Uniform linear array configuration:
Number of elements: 8
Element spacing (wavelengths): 0.5
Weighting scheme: hamming
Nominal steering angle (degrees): -15
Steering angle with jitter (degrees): -15.442
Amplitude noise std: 0.05
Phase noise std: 0.05

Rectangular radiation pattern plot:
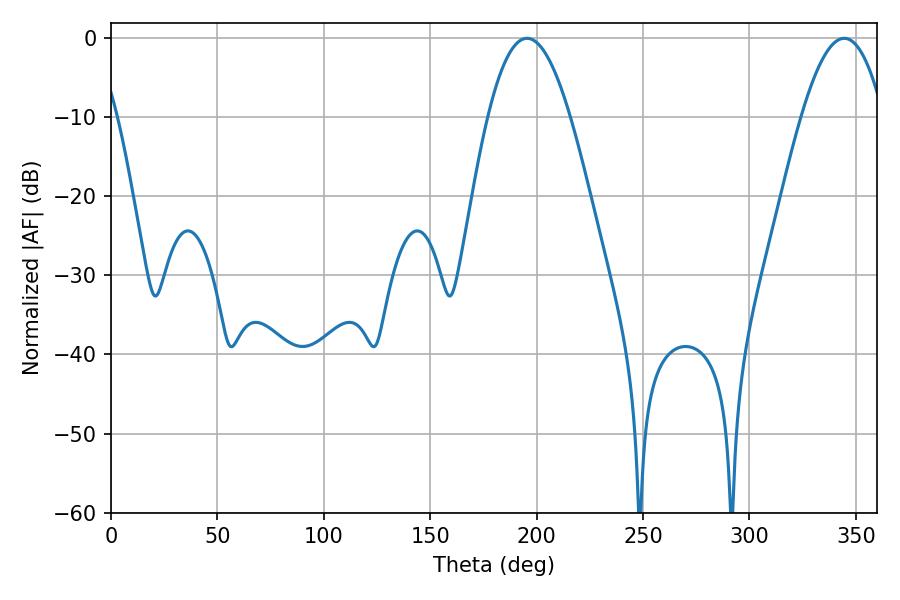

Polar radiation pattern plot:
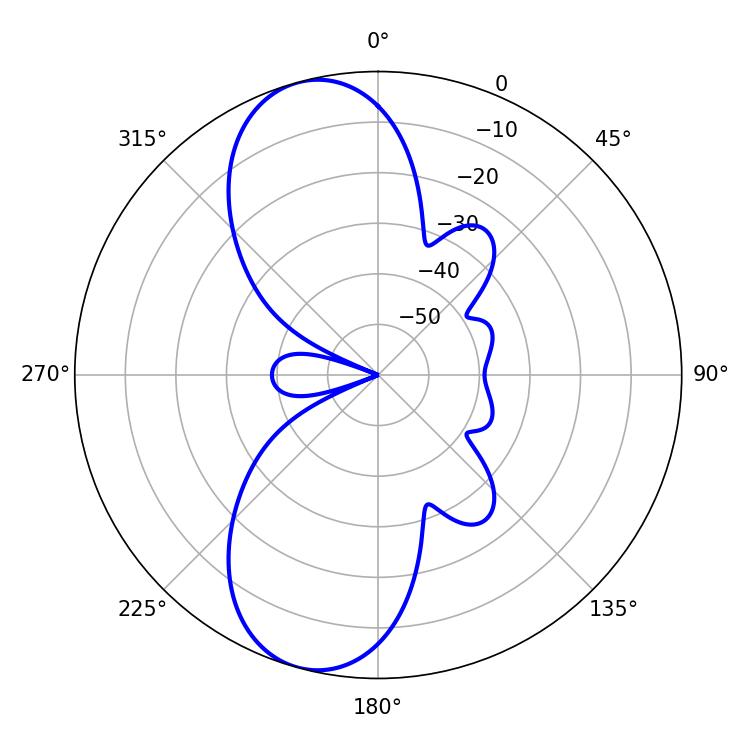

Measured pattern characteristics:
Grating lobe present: FALSE
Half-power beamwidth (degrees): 21.06
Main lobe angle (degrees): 195.48